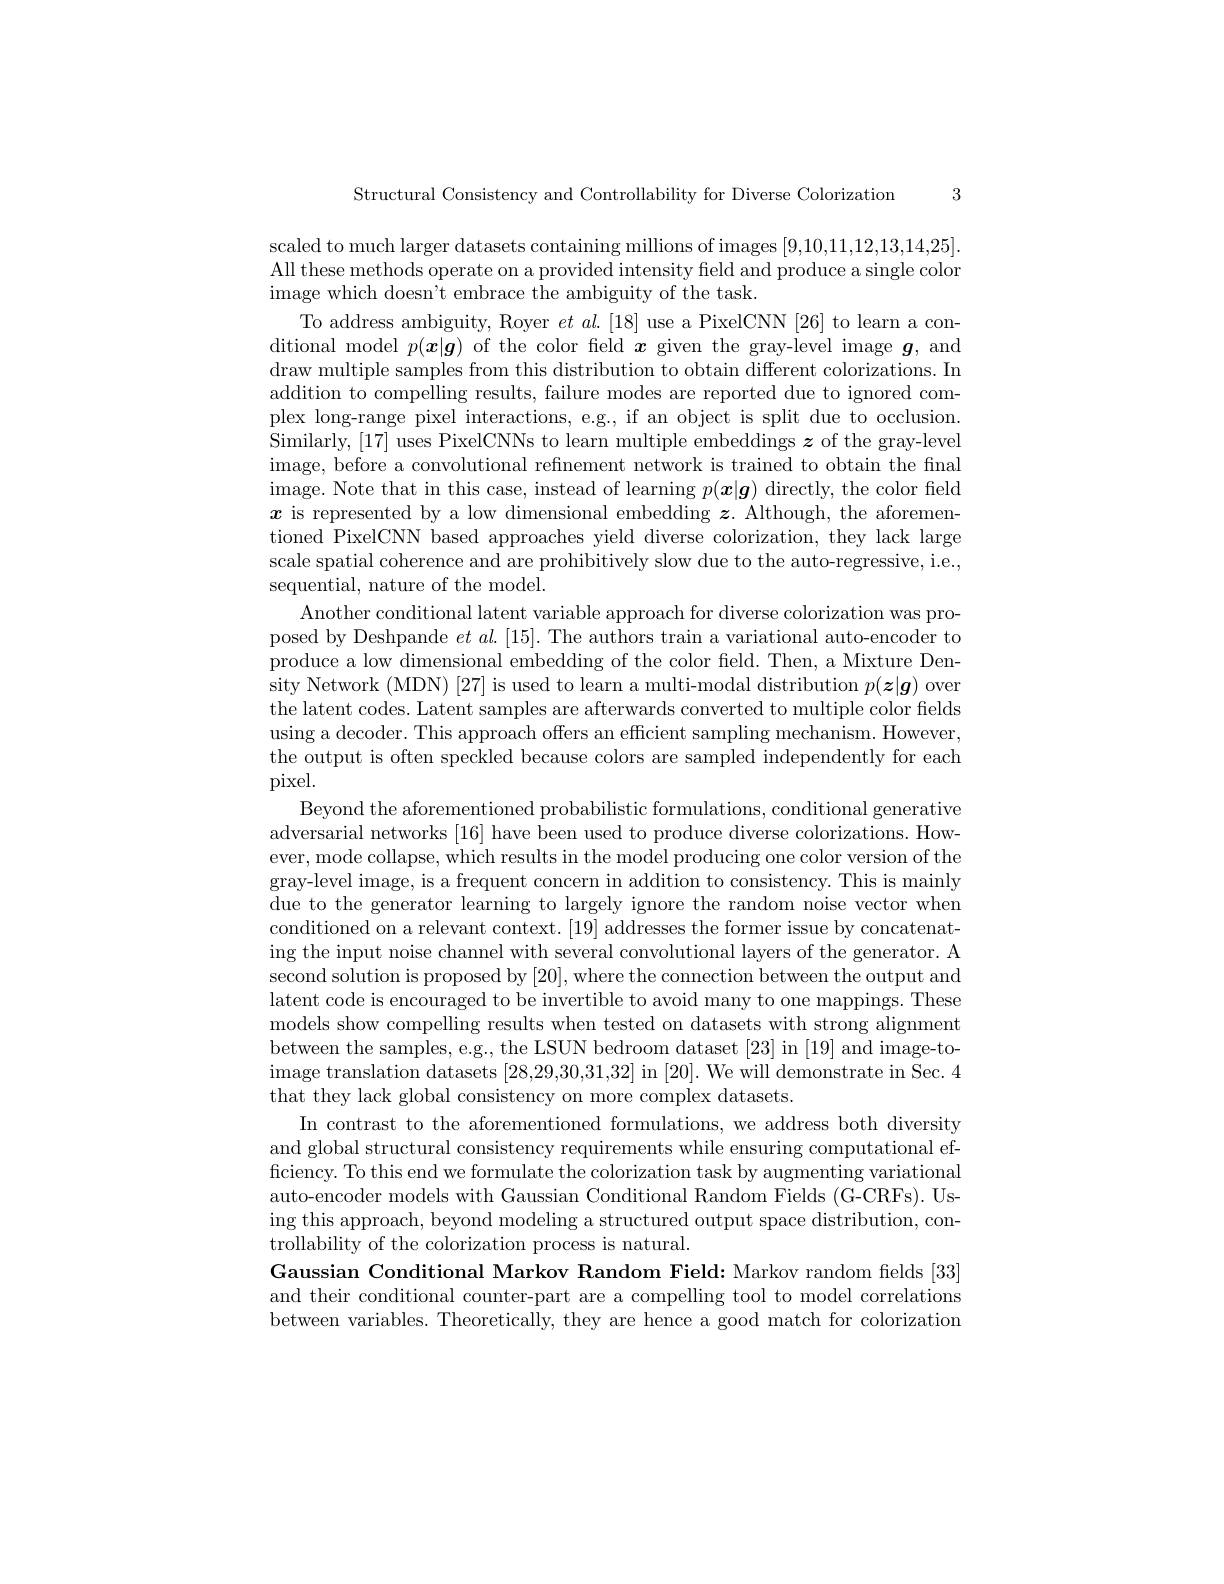
3

Structural Consistency and Controllability for Diverse Colorization

scaled to much larger datasets containing millions of images [9,10,11,12,13,14,25] All these methods operate on a provided intensity feld and produce a single color image which doesn't embrace the ambiguity of the task
To address ambiguity, Royer $et\textit{al. [ 18] use a PixelCNN [ 26] to learn a con- }$ ditional model $p(\boldsymbol{x}|\boldsymbol{g})$ of the color field $\boldsymbol x$ given the gray-level image $\boldsymbol{g}$, and draw multiple samples from this distribution to obtain different colorizations. In addition to compelling results, failure modes are reported due to ignored complex long-range pixel interactions, e.g., if an object is split due to occlusion. Similarly, [17] uses PixelCNNs to learn multiple embeddings $\boldsymbol z$ of the gray-level image, before a convolutional refinement network is trained to obtain the final image. Note that in this case, instead of learning $p( \boldsymbol{x}| \boldsymbol{g})$ directly, the color field $x$ is represented by a low dimensional embedding $\boldsymbol z.$ Although, the aforementioned PixelCNN based approaches yield diverse colorization, they lack large scale spatial coherence and are prohibitively slow due to the auto-regressive, i.e., sequential, nature of the model.
Another conditional latent variable approach for diverse colorization was proposed by Deshpande $et\textit{al. [ 15] . The authors train a variational auto- encoder to}$ produce a low dimensional embedding of the color field. Then, a Mixture Denthe latent codes. Latent samples are afterwards converted to multiple color fields using a decoder. This approach offers an effcient sampling mechanism. However, the output is often speckled because colors are sampled independently for each pixel.
Beyond the aforementioned probabilistic formulations, conditional generative adversarial networks [16] have been used to produce diverse colorizations. However, mode collapse, which results in the model producing one color version of the gray-level image, is a frequent concern in addition to consistency. This is mainly due to the generator learning to largely ignore the random noise vector when conditioned on a relevant context. [19] addresses the former issue by concatenating the input noise channel with several convolutional layers of the generator. A second solution is proposed by [20],where the connection between the output and latent code is encouraged to be invertible to avoid many to one mappings. These models show compelling results when tested on datasets with strong alignment between the samples, e.g., the LSUN bedroom dataset [23] in [19] and image-toimage translation datasets [ 28, 29, 30, 31, 32] in [ 20] . We will demonstrate in Sec. 4 that they lack global consistency on more complex datasets.
In contrast to the aforementioned formulations, we address both diversity and global structural consistency requirements while ensuring computational efficiency. To this end we formulate the colorization task by augmenting variational auto-encoder models with Gaussian Conditional Random Fields (G-CRFs). Using this approach, beyond modeling a structured output space distribution, controllability of the colorization process is natural
Gaussian Conditional Markov Random Field: Markov random felds [33] and their conditional counter-part are a compelling tool to model correlations between variables. Theoretically, they are hence a good match for colorization